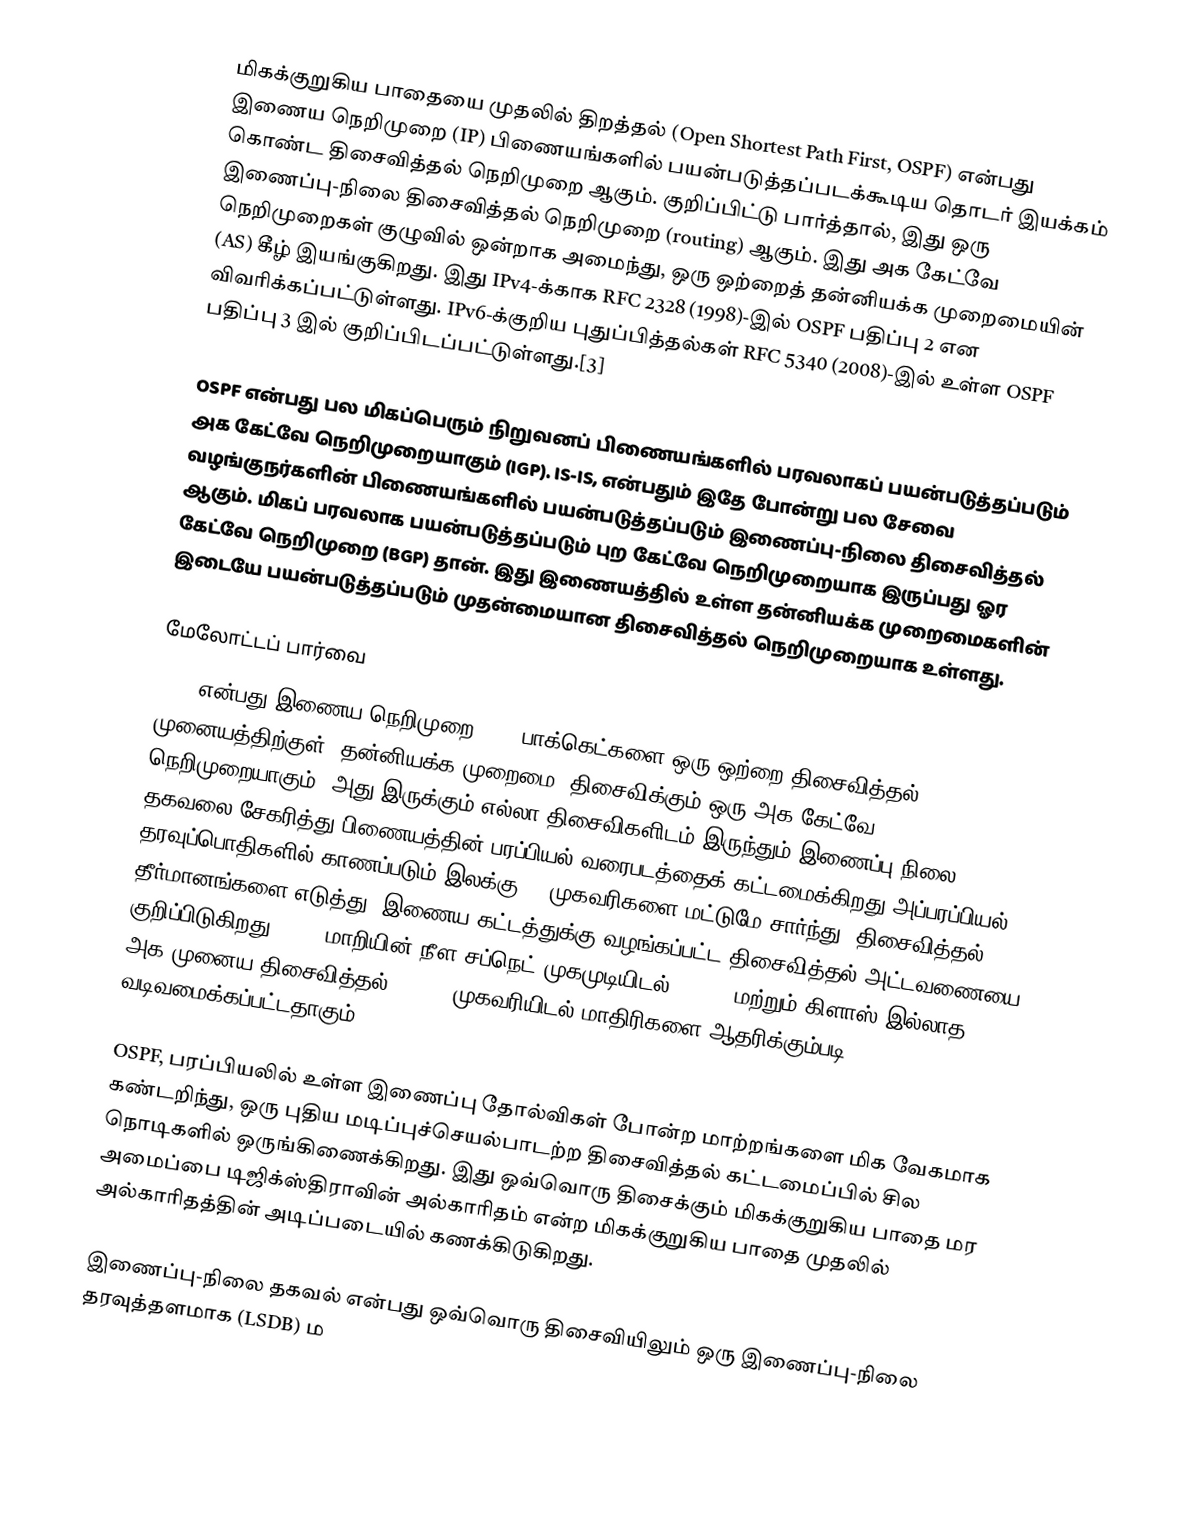
மிகக்குறுகிய பாதையை முதலில் திறத்தல் (Open Shortest Path First, OSPF) என்பது இணைய நெறிமுறை (IP) பிணையங்களில் பயன்படுத்தப்படக்கூடிய தொடர் இயக்கம் கொண்ட திசைவித்தல் நெறிமுறை ஆகும். குறிப்பிட்டு பார்த்தால், இது ஒரு இணைப்பு-நிலை திசைவித்தல் நெறிமுறை (routing) ஆகும். இது அக கேட்வே நெறிமுறைகள் குழுவில் ஒன்றாக அமைந்து, ஒரு ஒற்றைத் தன்னியக்க முறைமையின் (AS) கீழ் இயங்குகிறது. இது IPv4-க்காக RFC 2328 (1998)-இல் OSPF பதிப்பு 2 என விவரிக்கப்பட்டுள்ளது. IPv6-க்குறிய புதுப்பித்தல்கள் RFC 5340 (2008)-இல் உள்ள OSPF பதிப்பு 3 இல் குறிப்பிடப்பட்டுள்ளது.[3]

OSPF என்பது பல மிகப்பெரும் நிறுவனப் பிணையங்களில் பரவலாகப் பயன்படுத்தப்படும் அக கேட்வே நெறிமுறையாகும் (IGP). IS-IS, என்பதும் இதே போன்று பல சேவை வழங்குநர்களின் பிணையங்களில் பயன்படுத்தப்படும் இணைப்பு-நிலை திசைவித்தல் ஆகும். மிகப் பரவலாக பயன்படுத்தப்படும் புற கேட்வே நெறிமுறையாக இருப்பது ஓர கேட்வே நெறிமுறை (BGP) தான். இது இணையத்தில் உள்ள தன்னியக்க முறைமைகளின் இடையே பயன்படுத்தப்படும் முதன்மையான திசைவித்தல் நெறிமுறையாக உள்ளது.

மேலோட்டப் பார்வை
OSPF என்பது இணைய நெறிமுறை (IP) பாக்கெட்களை ஒரு ஒற்றை திசைவித்தல் முனையத்திற்குள் (தன்னியக்க முறைமை) திசைவிக்கும் ஒரு அக கேட்வே நெறிமுறையாகும். அது இருக்கும் எல்லா திசைவிகளிடம் இருந்தும் இணைப்பு நிலை தகவலை சேகரித்து பிணையத்தின் பரப்பியல் வரைபடத்தைக் கட்டமைக்கிறது.அப்பரப்பியல் IP தரவுப்பொதிகளில் காணப்படும் இலக்கு IP முகவரிகளை மட்டுமே சார்ந்து, திசைவித்தல் தீர்மானங்களை எடுத்து, இணைய கட்டத்துக்கு வழங்கப்பட்ட திசைவித்தல் அட்டவணையை குறிப்பிடுகிறது. OSPF மாறியின்-நீள சப்நெட் முகமுடியிடல் (VLSM) மற்றும் கிளாஸ் இல்லாத அக-முனைய திசைவித்தல் (CIDR) முகவரியிடல் மாதிரிகளை ஆதரிக்கும்படி வடிவமைக்கப்பட்டதாகும்.

OSPF, பரப்பியலில் உள்ள இணைப்பு தோல்விகள் போன்ற மாற்றங்களை மிக வேகமாக கண்டறிந்து, ஒரு புதிய மடிப்புச்செயல்பாடற்ற திசைவித்தல் கட்டமைப்பில் சில நொடிகளில் ஒருங்கிணைக்கிறது. இது ஒவ்வொரு திசைக்கும் மிகக்குறுகிய பாதை மர அமைப்பை டிஜிக்ஸ்திராவின் அல்காரிதம் என்ற மிகக்குறுகிய பாதை முதலில் அல்காரிதத்தின் அடிப்படையில் கணக்கிடுகிறது.

இணைப்பு-நிலை தகவல் என்பது ஒவ்வொரு திசைவியிலும் ஒரு இணைப்பு-நிலை தரவுத்தளமாக (LSDB) ம